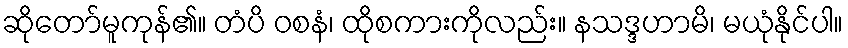
ဆိုတော်မူကုန်၏။ တံပိ ဝစနံ၊ ထိုစကားကိုလည်း။ နသဒ္ဒဟာမိ၊ မယုံနိုင်ပါ။